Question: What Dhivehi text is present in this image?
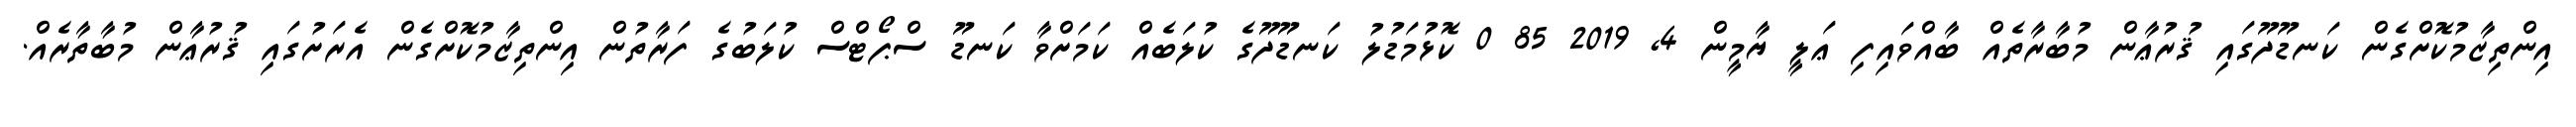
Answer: އިންތިޒާމުކޮށްގެން ކަނޑޫދޫގައި ޤުރުޢާން މުބާރާތެއް ބާއްވައިފި ޢަލީ ޔާމީން 4, 2019 85 0 ކޮޅުމަޑުލު ކަނޑޫދޫގެ ކުލަބެއް ކަމަށްވާ ކަނޑޫ ސްޕޯޓްސް ކުލަބުގެ ފަރާތުން އިންތިޒާމުކޮށްގެން އެރަށުގައި ޤުރުޢާން މުބާތާރެއް.